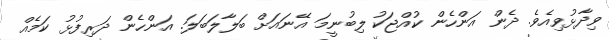
ވިދާޅުވިއެވެ. ދެން އަންހެން ކުއްޖަކު ލިބުނީމަ އޭނައަށް ބަލާލަބަލަ. އަންހެން ދަރިފުޅު ކަމެއް